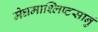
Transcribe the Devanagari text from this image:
मेघमाश्लिष्टसानुं